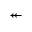
\twoheadleftarrow